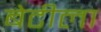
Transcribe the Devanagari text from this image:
बेटीला